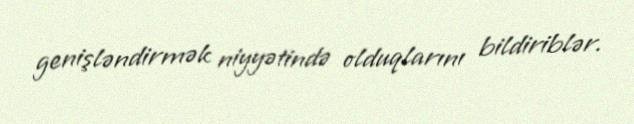
genişləndirmək niyyətində olduqlarını bildiriblər.